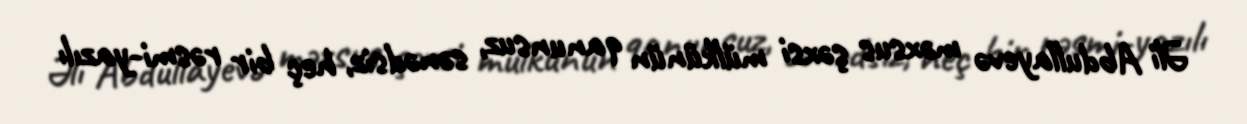
Əli Abdullayevə məxsus şəxsi mülkünün qanunsuz, sənədsiz, heç bir rəsmi-yazılı